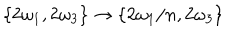
\{ 2 \omega _ { 1 } , 2 \omega _ { 3 } \} \to \{ 2 \omega _ { 1 } / n , 2 \omega _ { 3 } \}